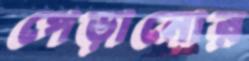
পেড়ানোর